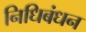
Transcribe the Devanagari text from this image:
निधिबंधन